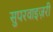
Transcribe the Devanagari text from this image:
सुपरवाइज़री